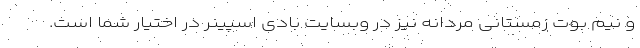
و نیم بوت زمستانی مردانه نیز در وبسایت بادی اسپینر در اختیار شما است.